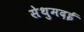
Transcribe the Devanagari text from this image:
सेथुमदई